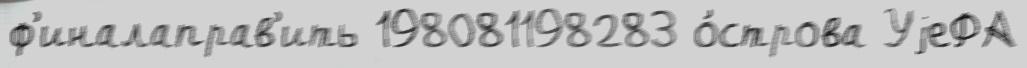
ф'иналаправ'ить 198081198283 о́строва УjеФА